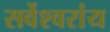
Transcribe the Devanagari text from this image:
सर्वेश्वरांय